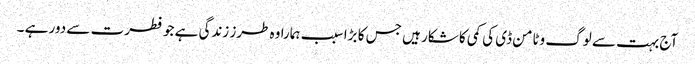
آج بہت سے لوگ وٹامن ڈی کی کمی کا شکار ہیں جس کا بڑا سبب ہمارا وہ طرز زندگی ہے جو فطرت سے دور ہے ۔